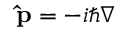
\mathbf { \hat { p } } = - i \hbar \nabla \,